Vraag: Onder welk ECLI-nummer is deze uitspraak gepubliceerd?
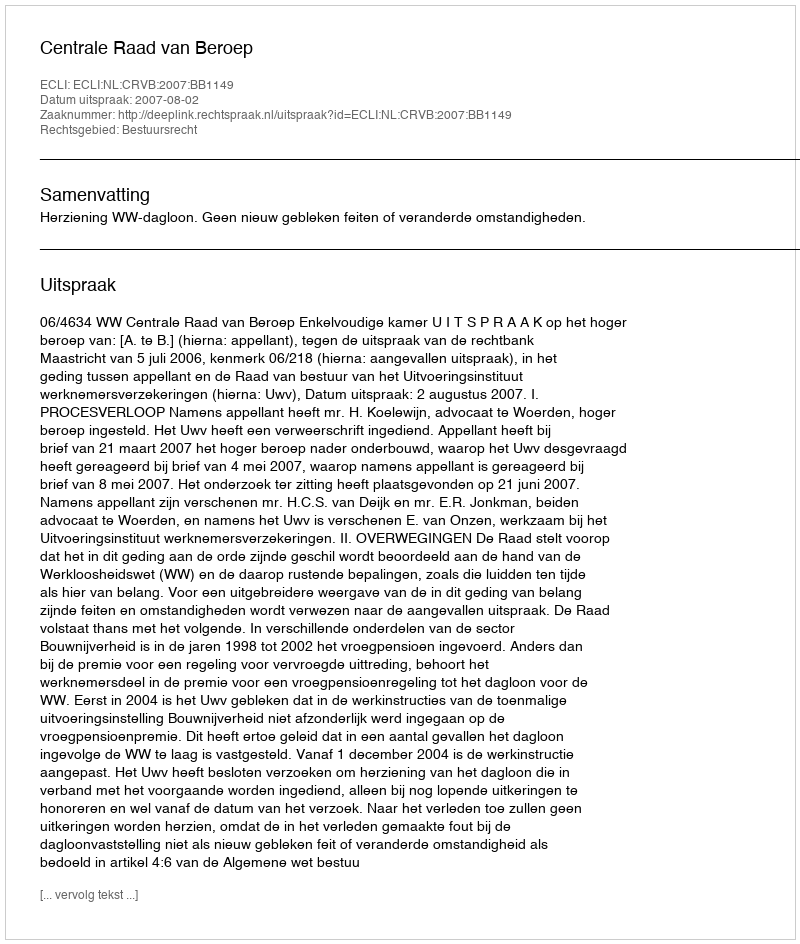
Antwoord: ECLI:NL:CRVB:2007:BB1149